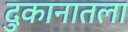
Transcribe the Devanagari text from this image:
दुकानातला